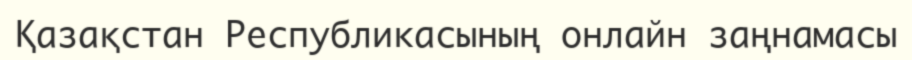
Қазақстан Республикасының онлайн заңнамасы